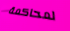
لمحاكمة